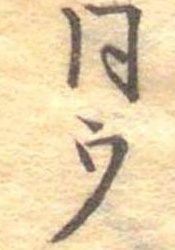
同ウ